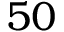
5 0